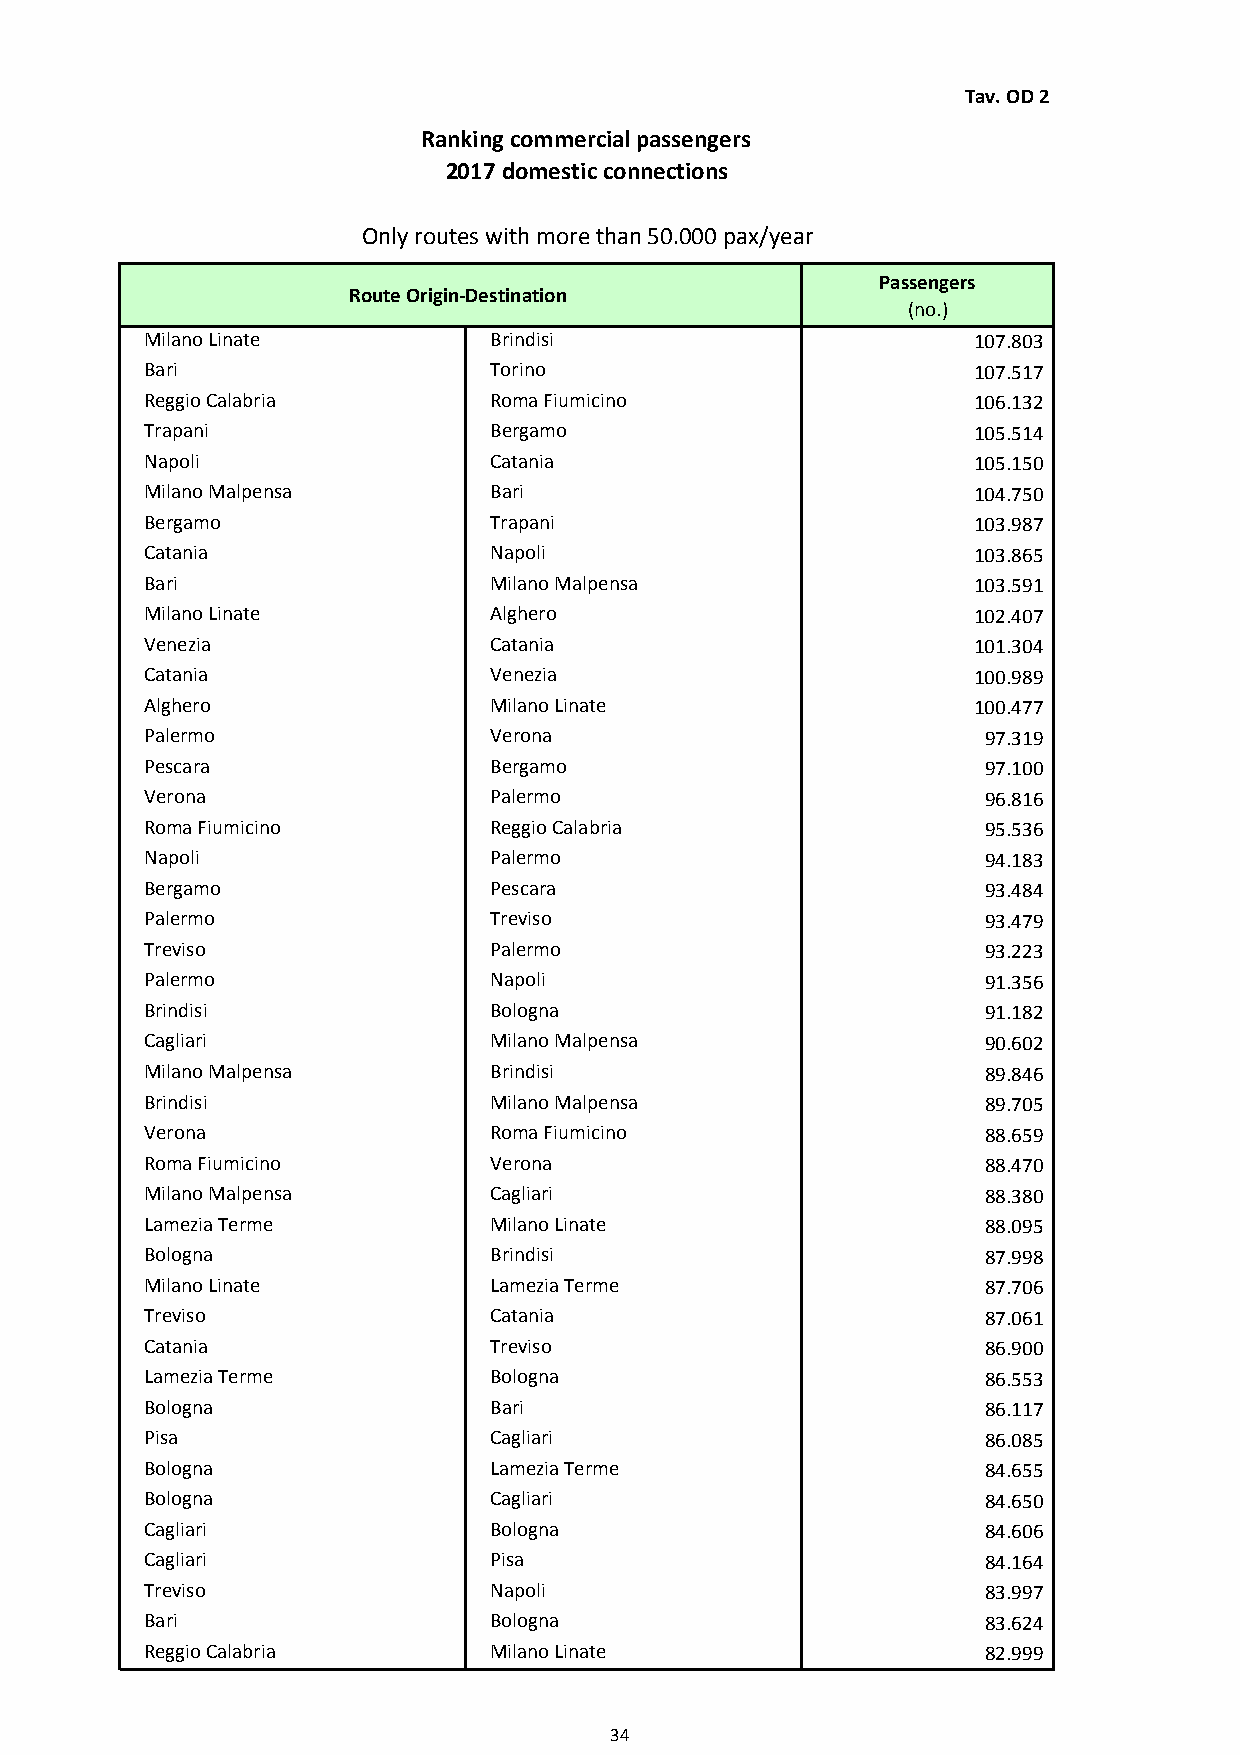
Tav. OD 2
 Ranking commercial passengers
 2017 domestic connections
 Only routes with more than 50.000 pax/year
 Passengers
 Route Origin-Destination
 (no.)
 Milano Linate         Brindisi                        107.803
 Bari                  Torino                          107.517
 Reggio Calabria       Roma Fiumicino                  106.132
 Trapani               Bergamo                         105.514
 Napoli                Catania                         105.150
 Milano Malpensa       Bari                            104.750
 Bergamo               Trapani                         103.987
 Catania               Napoli                          103.865
 Bari                  Milano Malpensa                 103.591
 Milano Linate         Alghero                         102.407
 Venezia               Catania                         101.304
 Catania               Venezia                         100.989
 Alghero               Milano Linate                   100.477
 Palermo               Verona                           97.319
 Pescara               Bergamo                          97.100
 Verona                Palermo                          96.816
 Roma Fiumicino        Reggio Calabria                  95.536
 Napoli                Palermo                          94.183
 Bergamo               Pescara                          93.484
 Palermo               Treviso                          93.479
 Treviso               Palermo                          93.223
 Palermo               Napoli                           91.356
 Brindisi              Bologna                          91.182
 Cagliari              Milano Malpensa                  90.602
 Milano Malpensa       Brindisi                         89.846
 Brindisi              Milano Malpensa                  89.705
 Verona                Roma Fiumicino                   88.659
 Roma Fiumicino        Verona                           88.470
 Milano Malpensa       Cagliari                         88.380
 Lamezia Terme         Milano Linate                    88.095
 Bologna               Brindisi                         87.998
 Milano Linate         Lamezia Terme                    87.706
 Treviso               Catania                          87.061
 Catania               Treviso                          86.900
 Lamezia Terme         Bologna                          86.553
 Bologna               Bari                             86.117
 Pisa                  Cagliari                         86.085
 Bologna               Lamezia Terme                    84.655
 Bologna               Cagliari                         84.650
 Cagliari              Bologna                          84.606
 Cagliari              Pisa                             84.164
 Treviso               Napoli                           83.997
 Bari                  Bologna                          83.624
 Reggio Calabria       Milano Linate                    82.999
 34